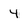
Character: 4